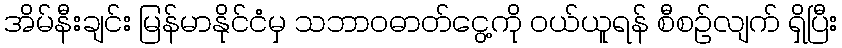
အိမ်နီးချင်း မြန်မာနိုင်ငံမှ သဘာဝဓာတ်ငွေ့ကို ဝယ်ယူရန် စီစဉ်လျက် ရှိပြီး